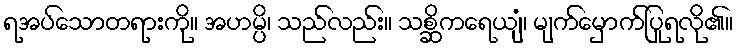
ရအပ်သောတရားကို။ အဟမ္ပိ၊ သည်လည်း။ သစ္ဆိကရေယျံ၊ မျက်မှောက်ပြုရလို၏။